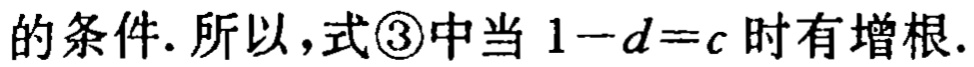
的条件. 所以，式\textcircled{3}中当 \(1 - d = c\) 时有增根.